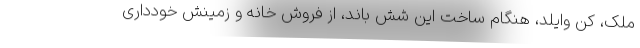
ملک، کن وایلد، هنگام ساخت این شش باند، از فروش خانه و زمینش خودداری